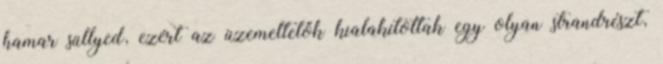
hamar süllyed, ezért az üzemeltetők kialakítottak egy olyan strandrészt,